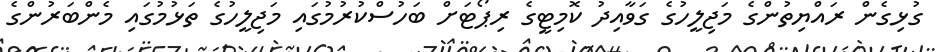
ގުޅިގެން ރައްޔިތުންގެ މަޖިލީހުގެ ގަވާއިދު ކޮމިޓީގެ ރިޕޯޓަށް ބަހުސްކުރުމުގައި މަޖިލީހުގެ ތަޅުމުގައި މެންބަރުންގެ